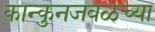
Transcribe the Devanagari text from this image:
कान्कुनजवळच्या